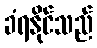
ခံရနိုင်သည်